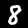
Label: 8